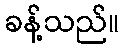
ခန့်သည်။